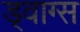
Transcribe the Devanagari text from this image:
ड्वाग्स